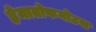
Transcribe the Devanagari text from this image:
हेमातोफगोउस